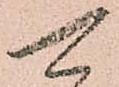
可